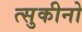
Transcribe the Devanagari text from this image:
त्सुकीनो